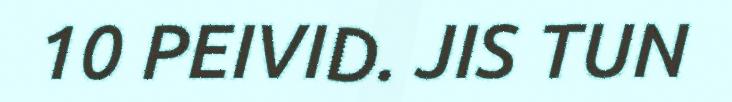
10 PEIVID. JIS TUN